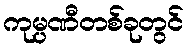
ကုမ္ပဏီတစ်ခုတွင်